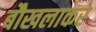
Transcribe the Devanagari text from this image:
बौखलाकर